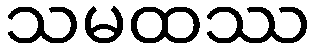
သမထဿ